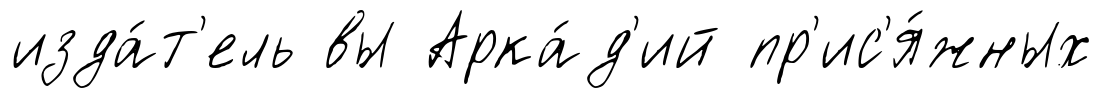
изда́т'ель вы Арка́д'ий пр'ис'я́жных